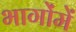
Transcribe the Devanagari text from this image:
भागोंमें